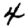
Digit: 4